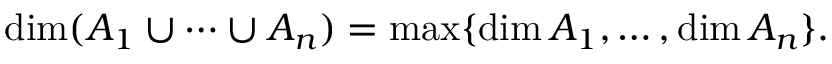
\dim ( A _ { 1 } \cup \dotsb \cup A _ { n } ) = \operatorname* { m a x } \{ \dim A _ { 1 } , \dots , \dim A _ { n } \} .